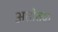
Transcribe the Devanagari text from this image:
अतीतक